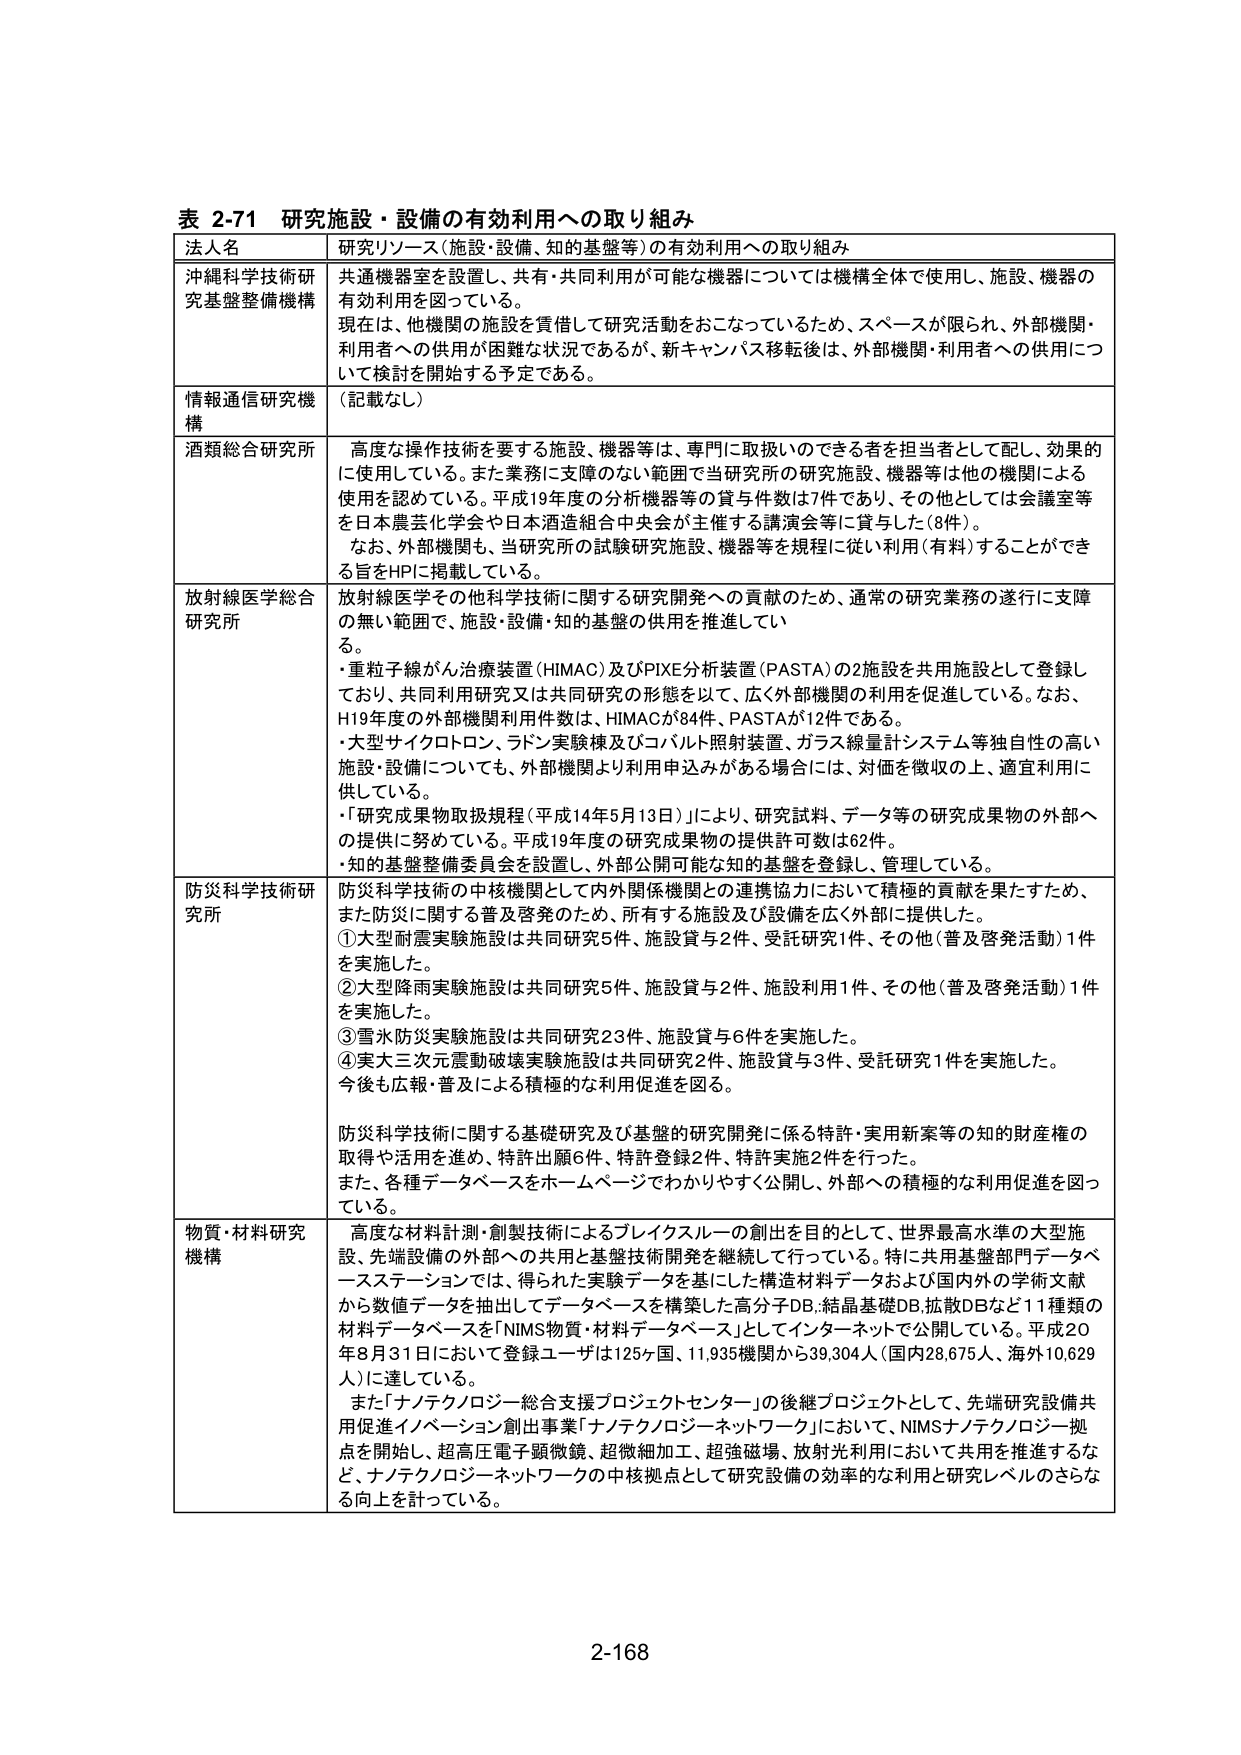
表 2-71 研究施設・設備の有効利用への取り組み
法人名 研究リソース（施設・設備、知的基盤等）の有効利用への取り組み
沖縄科学技術研究基盤整備機構 共通機器室を設置し、共有・共同利用が可能な機器については機構全体で使用し、施設、機器の有効利用を図っている。
現在は、他機関の施設を賃借して研究活動をおこなっているため、スペースが限られ、外部機関・利用者への供用が困難な状況であるが、新キャンパス移転後は、外部機関・利用者への供用について検討を開始する予定である。
情報通信研究機構 （記載なし）
酒類総合研究所 高度な操作技術を要する施設、機器等は、専門に取扱いのできる者を担当者として配し、効果的に使用している。また業務に支障のない範囲で当研究所の研究施設、機器等は他の機関による使用を認めている。平成19年度の分析機器等の貸与件数は7件であり、その他としては会議室等を日本農芸化学会や日本酒造組合中央会が主催する講演会等に貸与した（8件）。
なお、外部機関も、当研究所の試験研究施設、機器等を規程に従い利用（有料）することができる旨をHPに掲載している。
放射線医学総合研究所 放射線医学その他科学技術に関する研究開発への貢献のため、通常の研究業務の遂行に支障の無い範囲で、施設・設備・知的基盤の供用を推進している。
・重粒子線がん治療装置（HIMAC）及びPIXE分析装置（PASTA）の2施設を共用施設として登録しており、共同利用研究又は共同研究の形態を以て、広く外部機関の利用を促進している。なお、H19年度の外部機関利用件数は、HIMACが84件、PASTAが12件である。
・大型サイクロトロン、ラドン実験棟及びコバルト照射装置、ガラス線量計システム等独自性の高い施設・設備についても、外部機関より利用申込みがある場合には、対価を徴収の上、適宜利用に供している。
・「研究成果物取扱規程（平成14年5月13日）」により、研究試料、データ等の研究成果物の外部への提供に努めている。平成19年度の研究成果物の提供許可数は62件。
・知的基盤整備委員会を設置し、外部公開可能な知的基盤を登録し、管理している。
防災科学技術研究所 防災科学技術の中核機関として内外関係機関との連携協力において積極的貢献を果たすため、また防災に関する普及啓発のため、所有する施設及び設備を広く外部に提供した。
①大型耐震実験施設は共同研究5件、施設貸与2件、受託研究1件、その他（普及啓発活動）1件を実施した。
②大型降雨実験施設は共同研究5件、施設貸与2件、施設利用1件、その他（普及啓発活動）1件を実施した。
③雪水防災実験施設は共同研究23件、施設貸与6件を実施した。
④実大三次元震動破壊実験施設は共同研究2件、施設貸与3件、受託研究1件を実施した。
今後も広報・普及による積極的な利用促進を図る。
防災科学技術に関する基礎研究及び基盤的研究開発に係る特許・実用新案等の知的財産権の取得や活用を進め、特許出願6件、特許登録2件、特許実施2件を行った。
また、各種データベースをホームページでわかりやすく公開し、外部への積極的な利用促進を図っている。
物質・材料研究機構 高度な材料計測・創製技術によるブレイクスルーの創出を目的として、世界最高水準の大型施設、先端設備の外部への共用と基盤技術開発を継続して行っている。特に共用基盤部門データベースステーションでは、得られた実験データを基にした構造材料データおよび国内外の学術文献から数値データを抽出してデータベースを構築した高分子DB、結晶基礎DB、拡散DBなど11種類の材料データベースを「NIMS物質・材料データベース」としてインターネットで公開している。平成20年8月31日において登録ユーザは125ヶ国、11,935機関から39,304人（国内28,675人、海外10,629人）に達している。
また「ナノテクノロジー総合支援プロジェクトセンター」の後継プロジェクトとして、先端研究設備共用促進イノベーション創出事業「ナノテクノロジーネットワーク」において、NIMSナノテクノロジー拠点を開始し、超高圧電子顕微鏡、超微細加工、超強磁場、放射光利用において共用を推進するなど、ナノテクノロジーネットワークの中核拠点として研究設備の効率的な利用と研究レベルのさらなる向上を計っている。
2-168